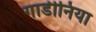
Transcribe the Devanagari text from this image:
गार्डीनिया